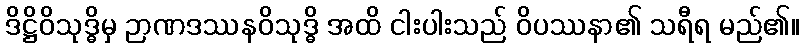
ဒိဋ္ဌိဝိသုဒ္ဓိမှ ဉာဏဒဿနဝိသုဒ္ဓိ အထိ ငါးပါးသည် ဝိပဿနာ၏ သရီရ မည်၏။